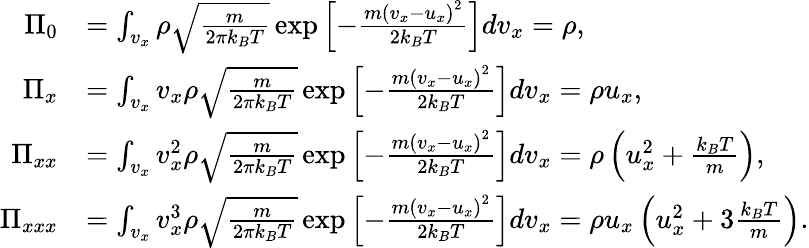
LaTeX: \begin{array}{rl}{\Pi_{0}}&{=\int_{v_{x}}\rho\sqrt{\frac{m}{2\pi k_{B}T}}\exp\left[{-\frac{m{(v_{x}-u_{x})}^{2}}{2k_{B}T}}\right]dv_{x}=\rho,}\\ {\Pi_{x}}&{=\int_{v_{x}}v_{x}\rho\sqrt{\frac{m}{2\pi k_{B}T}}\exp\left[{-\frac{m{(v_{x}-u_{x})}^{2}}{2k_{B}T}}\right]dv_{x}=\rho u_{x},}\\ {\Pi_{xx}}&{=\int_{v_{x}}v_{x}^{2}\rho\sqrt{\frac{m}{2\pi k_{B}T}}\exp\left[{-\frac{m{(v_{x}-u_{x})}^{2}}{2k_{B}T}}\right]dv_{x}=\rho\left(u_{x}^{2}+\frac{k_{B}T}{m}\right),}\\ {\Pi_{xxx}}&{=\int_{v_{x}}v_{x}^{3}\rho\sqrt{\frac{m}{2\pi k_{B}T}}\exp\left[{-\frac{m{(v_{x}-u_{x})}^{2}}{2k_{B}T}}\right]dv_{x}=\rho u_{x}\left(u_{x}^{2}+3\frac{k_{B}T}{m}\right).}\end{array}